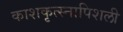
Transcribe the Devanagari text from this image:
काशकृत्स्नापिशली